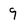
Character: 9